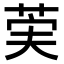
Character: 𫈌